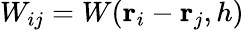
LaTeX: W_{ij}=W(\mathbf{r}_{i}-\mathbf{r}_{j},h)